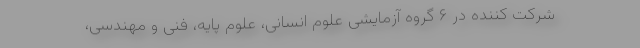
شرکت کننده در ۶ گروه آزمایشی علوم انسانی، علوم پایه، فنی و مهندسی،